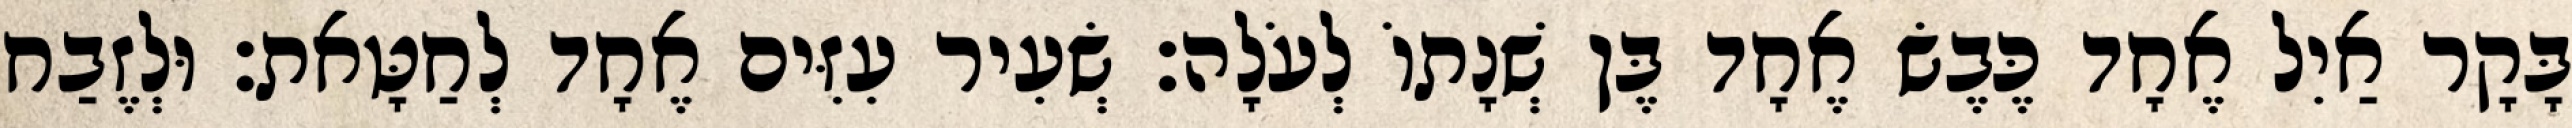
בָּקָר אַיִל אֶחָד כֶּבֶשׂ אֶחָד בֶּן שְׁנָתוֹ לְעֹלָה׃ שְׂעִיר עִזִּים אֶחָד לְחַטָּאת׃ וּלְזֶבַח